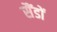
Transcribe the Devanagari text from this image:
सैंडों